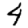
Digit: 4